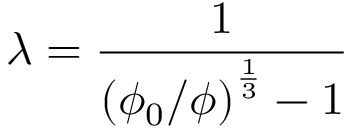
\lambda = { \frac { 1 } { \left( \phi _ { 0 } / \phi \right) ^ { \frac { 1 } { 3 } } - 1 } }